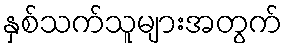
နှစ်သက်သူများအတွက်